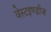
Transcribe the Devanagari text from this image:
वेस्टइण्डीज